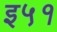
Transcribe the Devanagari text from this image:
इ५१